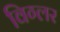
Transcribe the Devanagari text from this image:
विग्लर